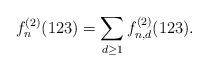
LaTeX: \begin{align*} f^{(2)}_n(123) = \sum_{d\ge 1} f_{n,d}^{(2)}(123).\end{align*}